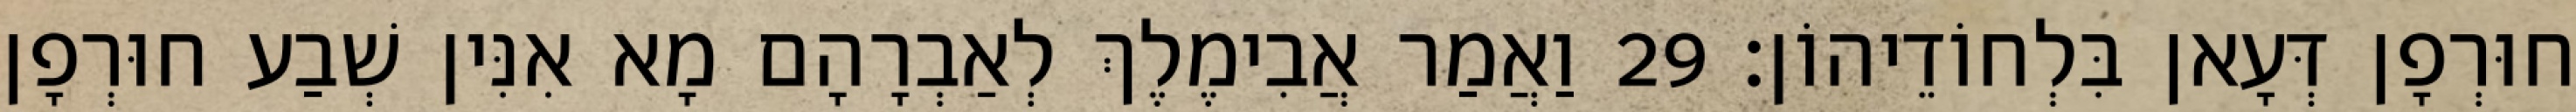
חוּרְפָן דְּעָאן בִּלְחוֹדֵיהוֹן׃ 29 וַאֲמַר אֲבִימֶלֶךְ לְאַבְרָהָם מָא אִנִּין שְׁבַע חוּרְפָן